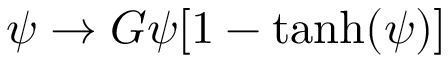
\psi \rightarrow G \psi [ 1 - \operatorname { t a n h } ( \psi ) ]